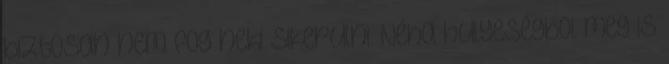
biztosan nem fog neki sikerulni. Néha hulyeségbol meg is